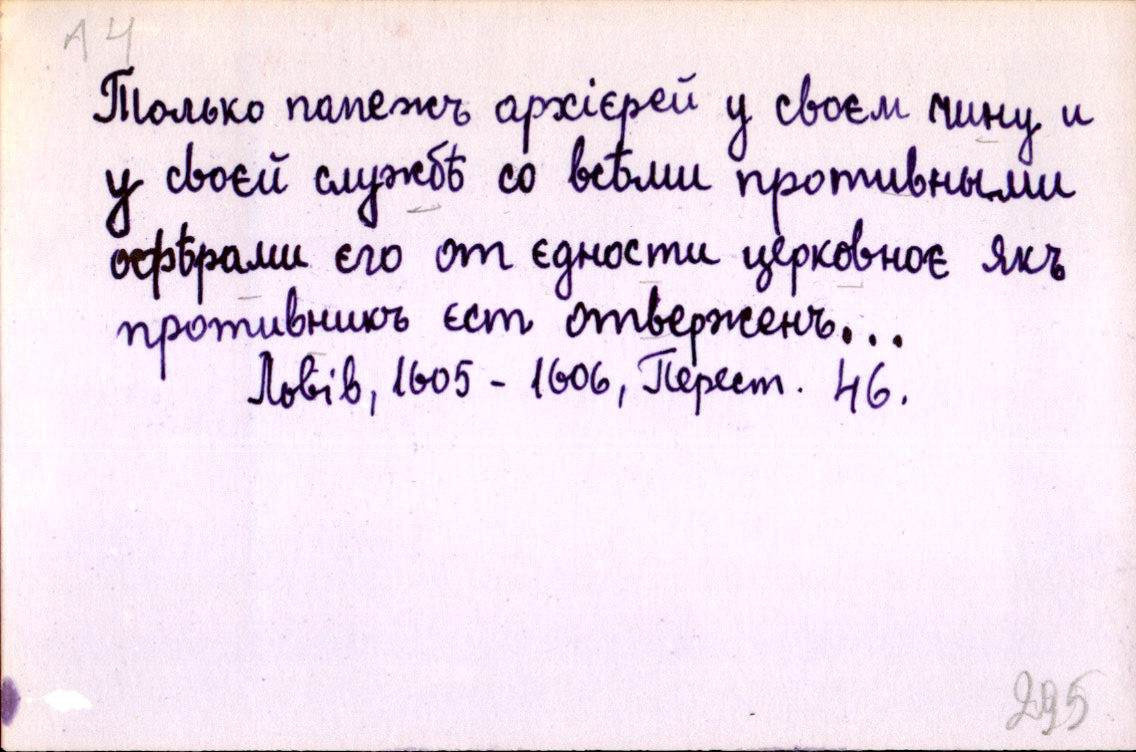
Только папежъ архієрей у своєм чину и
у своєй службѣ со всѣми противными
офѣрами єго от єдности церковноє якъ
противникъ єст отверженъ…
Львів, 1605 - 1606, Перест. 46.